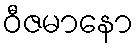
ဝီဇမာနော